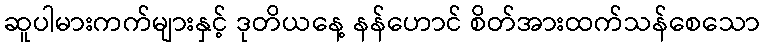
ဆူပါမားကက်များနှင့် ဒုတိယနေ့ နန်ဟောင် စိတ်အားထက်သန်စေသော